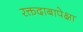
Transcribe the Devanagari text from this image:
रक्तदाबापेक्षा